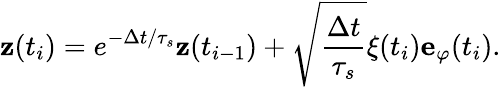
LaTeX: \mathbf{z}(t_{i})=e^{-\Delta t/\tau_{s}}\mathbf{z}(t_{i-1})+\sqrt{\frac{\Delta t}{\tau_{s}}}\xi(t_{i})\mathbf{e}_{\varphi}(t_{i}).